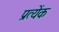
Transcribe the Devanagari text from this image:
प्रत्येंक